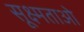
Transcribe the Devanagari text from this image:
सूक्ष्मताओ